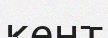
кент